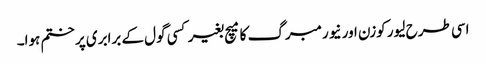
اسی طرح لیور کوزن اور نیورمبرگ کا میچ بغیر کسی گول کے برابری پر ختم ہوا۔